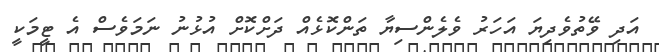
އަދި ވޭތުވެދިޔަ އަހަރު ވެލެންސިޔާ ތަންކޮޅެއް ދަށްކޮށް އުޅުނު ނަމަވެސް އެ ޓީމަކީ